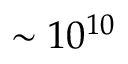
\sim 1 0 ^ { 1 0 }